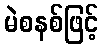
မဲစနစ်ဖြင့်